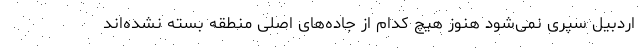
اردبیل سپری نمی‌شود هنوز هیچ کدام از جاده‌های اصلی منطقه بسته نشده‌اند